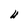
Character: U